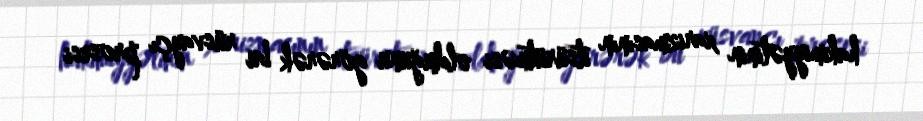
hakimiyyətinin xarizmasının itsürütməsi olduğunu görərək bu rüsvayçı prosesi